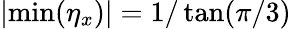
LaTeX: |\mathrm{min}(\eta_{x})|=1/\tan(\pi/3)